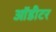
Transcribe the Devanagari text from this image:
ऑडीटर